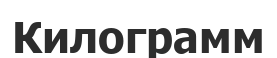
Килограмм